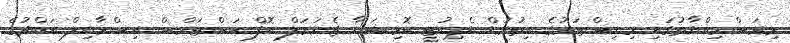
މިރަސްމިއްޔާތުގައި މިނިސްޓަރުގެ އިތުރުން ޑެޕިއުޓީ ކޮމިޝަނާ ޖެނަރަލް އޮފް ކަސްޓަމްސް އިސްމާއިލް އަބްދުގެ